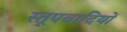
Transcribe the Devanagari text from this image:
स्तूपवादियों